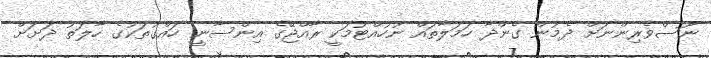
ނޫސްވެރިންނަށް ދެމުން ގެންދާ ހަމަލާތައް ނުހުއްޓުމަކީ ރާއްޖޭގެ އިންސާނީ ހައްގުތަކުގެ ހާލަތު ދަށަށް